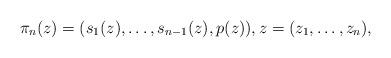
LaTeX: \begin{align*}\pi_n(z)=(s_1(z),\dots, s_{n-1}(z), p(z)), z=(z_1,\dots,z_n),\end{align*}